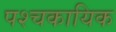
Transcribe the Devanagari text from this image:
पश्चकायिक